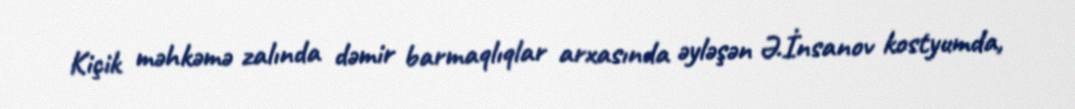
Kiçik məhkəmə zalında dəmir barmaqlıqlar arxasında əyləşən Ə.İnsanov kostyumda,